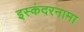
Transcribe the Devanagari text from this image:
इस्कंदरनामा